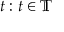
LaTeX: t : t \in \mathbb { T }